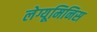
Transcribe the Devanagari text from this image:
लेग्यूमिनिस